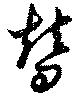
替